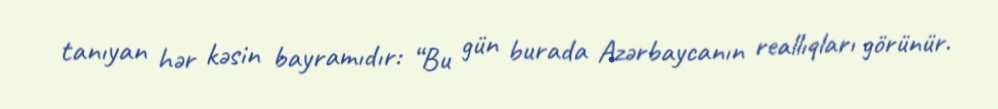
tanıyan hər kəsin bayramıdır: “Bu gün burada Azərbaycanın reallıqları görünür.